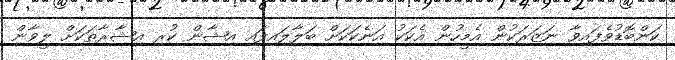
ކަންބޮޑުވެފައިވާ ނަޒަރަކުން އެމީހުން އެކަކު އަނެކަކަށް ބަލާލައިފައި އިޝާން ކުރި އިޝާރާތަކަށް ލީވާން